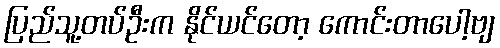
ပြည်သူ့တပ်ဦးက နိုင်ယင်တော့ ကောင်းတာပေါ့ဗျ